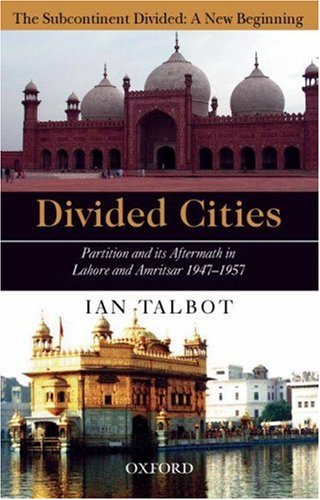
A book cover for Divided Cities: Partition and Its Aftermath in Lahore and Amritsar (The Subcontinent Divided: A New Beginning); Ian Talbot; History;